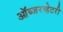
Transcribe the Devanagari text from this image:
ऑब्जरव्हेटरी